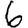
Digit: 6